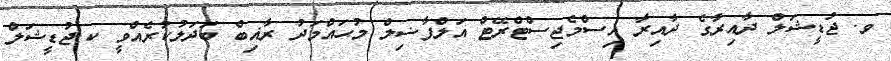
ވ. ޖުޑީޝަލް ދާއިރާގެ ދާއިރާ އިސްމެޖިސްޓްރޭޓް އަލްފާޟިލް މުޙައްމަދު ރާޣިބް ބަދަލުކުރެއްވީ ކ.ޖުޑީޝަލް